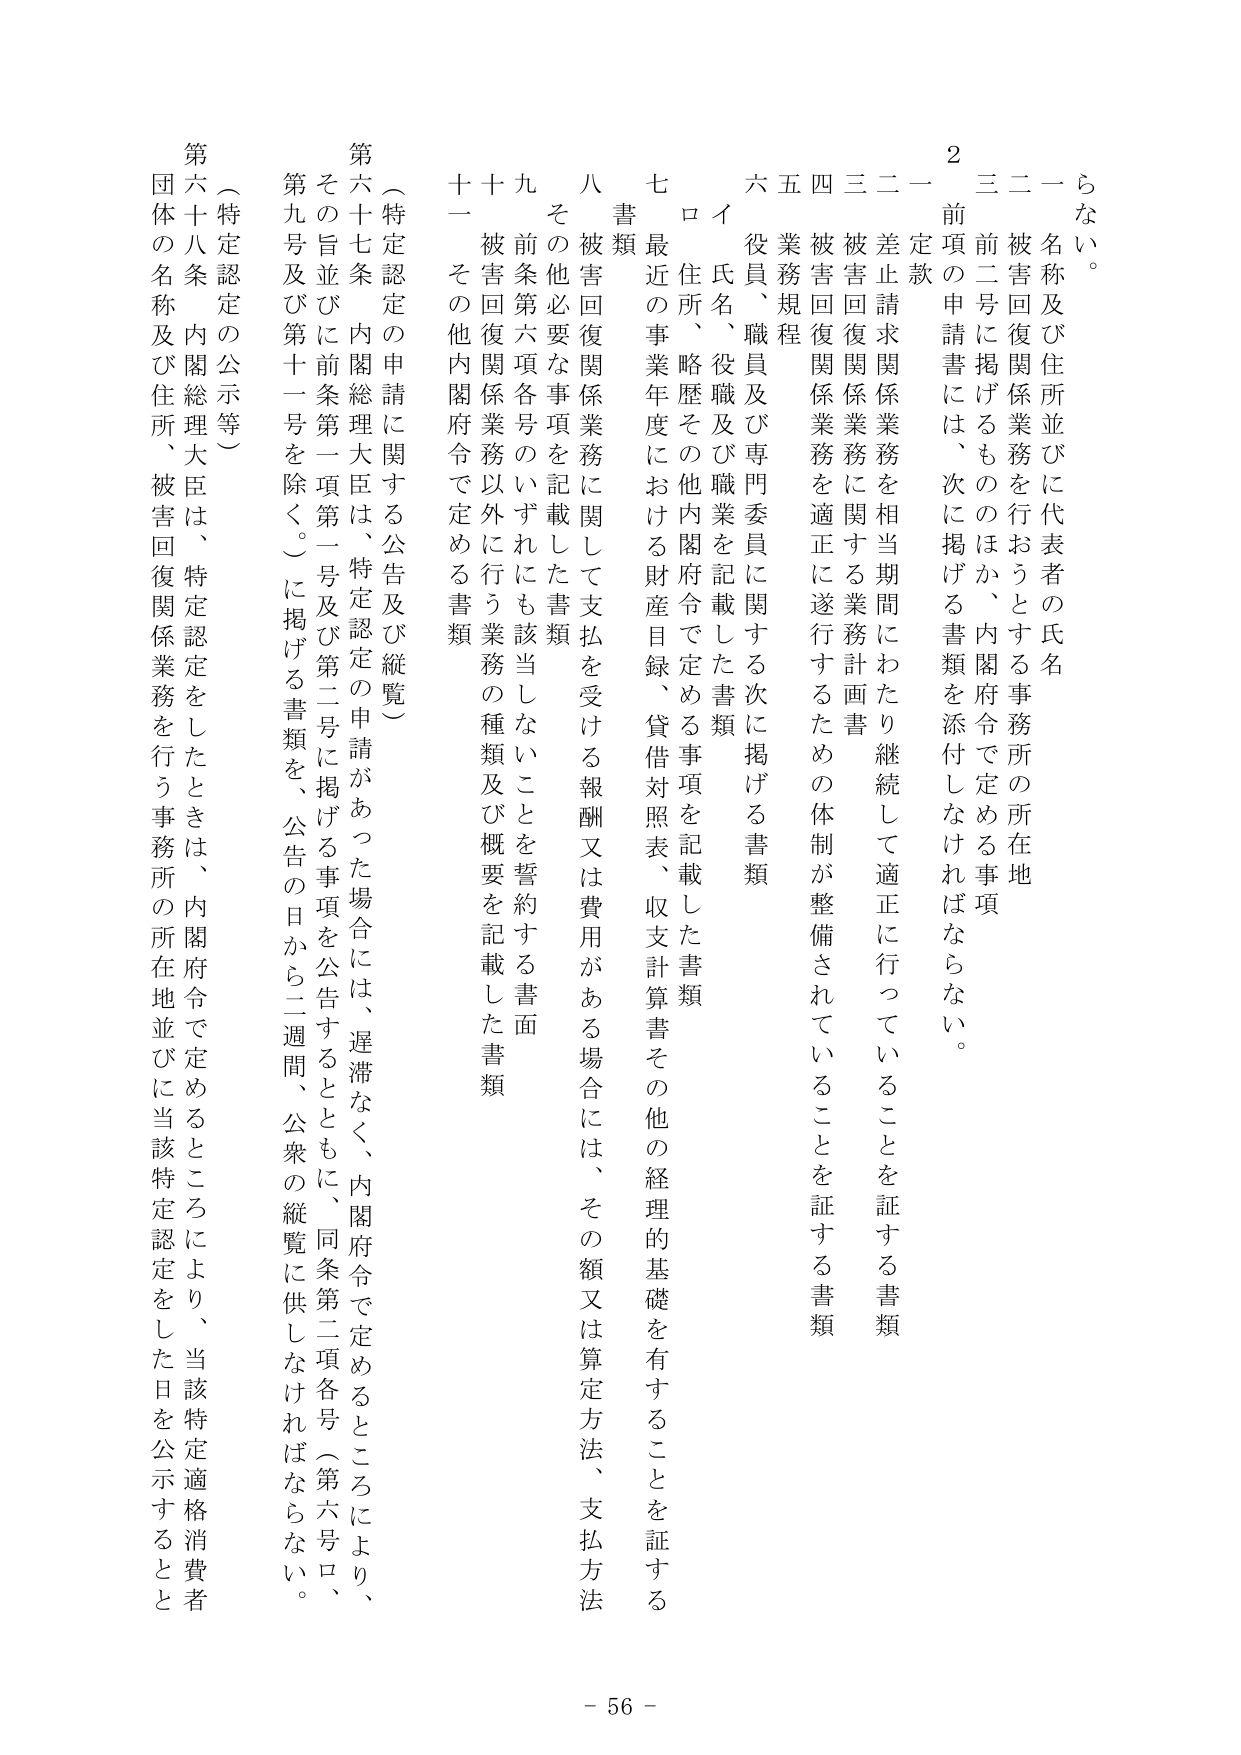
らない。
一 名称及び住所並びに代表者の氏名
二 被害回復関係業務を行おうとする事務所の所在地
三 前二号に掲げるもののほか、内閣府令で定める事項
２ 前項の申請書には、次に掲げる書類を添付しなければならない。
一 定款
二 差止請求関係業務を相当期間にわたり継続して適正に行っていることを証する書類
三 被害回復関係業務に関する業務計画書
四 被害回復関係業務を適正に遂行するための体制が整備されていることを証する書類
五 業務規程
六 役員、職員及び専門委員に関する次に掲げる書類
イ 氏名、役職及び職業を記載した書類
ロ 住所、略歴その他内閣府令で定める事項を記載した書類
七 最近の事業年度における財産目録、貸借対照表、収支計算書その他の経理の基礎を有することを証する書類
八 被害回復関係業務に関して支払を受ける報酬又は費用がある場合には、その額又は算定方法、支払方法
九 その他必要な事項を記載した書類
十 前条第六項各号のいずれにも該当しないことを誓約する書面
十一 被害回復関係業務以外に行う業務の種類及び概要を記載した書類
その他内閣府令で定める書類

（特定認定の申請に関する公告及び縦覧）
第六十七条 内閣総理大臣は、特定認定の申請があった場合には、遅滞なく、内閣府令で定めるところにより、
その旨並びに前条第一項第一号及び第二号に掲げる事項を公告するとともに、同条第二項各号（第六号ロ、
第九号及び第十一号を除く。）に掲げる書類を、公告の日から二週間、公衆の縦覧に供しなければならない。

（特定認定の公示等）
第六十八条 内閣総理大臣は、特定認定をしたときは、内閣府令で定めるところにより、当該特定認定をした日を公示するとと
団体の名称及び住所、被害回復関係業務を行う事務所の所在地並びに当該特定認定をした日を公示するとと

- 56 -